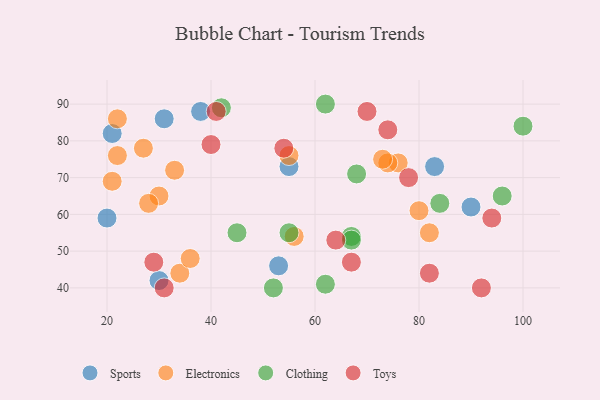
{"axis": {"x": "GDP", "y": "Life Expectancy"}, "legend": ["Clothing", "Electronics", "Sports", "Toys"], "data": [{"x": "20", "y": 59, "type": "Sports"}, {"x": "30", "y": 42, "type": "Sports"}, {"x": "83", "y": 73, "type": "Sports"}, {"x": "21", "y": 82, "type": "Sports"}, {"x": "53", "y": 46, "type": "Sports"}, {"x": "55", "y": 73, "type": "Sports"}, {"x": "31", "y": 86, "type": "Sports"}, {"x": "38", "y": 88, "type": "Sports"}, {"x": "90", "y": 62, "type": "Sports"}, {"x": "76", "y": 74, "type": "Electronics"}, {"x": "55", "y": 76, "type": "Electronics"}, {"x": "34", "y": 44, "type": "Electronics"}, {"x": "22", "y": 76, "type": "Electronics"}, {"x": "74", "y": 74, "type": "Electronics"}, {"x": "80", "y": 61, "type": "Electronics"}, {"x": "56", "y": 54, "type": "Electronics"}, {"x": "27", "y": 78, "type": "Electronics"}, {"x": "33", "y": 72, "type": "Electronics"}, {"x": "30", "y": 65, "type": "Electronics"}, {"x": "21", "y": 69, "type": "Electronics"}, {"x": "73", "y": 75, "type": "Electronics"}, {"x": "22", "y": 86, "type": "Electronics"}, {"x": "28", "y": 63, "type": "Electronics"}, {"x": "36", "y": 48, "type": "Electronics"}, {"x": "82", "y": 55, "type": "Electronics"}, {"x": "62", "y": 90, "type": "Clothing"}, {"x": "68", "y": 71, "type": "Clothing"}, {"x": "84", "y": 63, "type": "Clothing"}, {"x": "62", "y": 41, "type": "Clothing"}, {"x": "96", "y": 65, "type": "Clothing"}, {"x": "52", "y": 40, "type": "Clothing"}, {"x": "55", "y": 55, "type": "Clothing"}, {"x": "67", "y": 54, "type": "Clothing"}, {"x": "100", "y": 84, "type": "Clothing"}, {"x": "42", "y": 89, "type": "Clothing"}, {"x": "45", "y": 55, "type": "Clothing"}, {"x": "67", "y": 53, "type": "Clothing"}, {"x": "94", "y": 59, "type": "Toys"}, {"x": "92", "y": 40, "type": "Toys"}, {"x": "74", "y": 83, "type": "Toys"}, {"x": "40", "y": 79, "type": "Toys"}, {"x": "31", "y": 40, "type": "Toys"}, {"x": "70", "y": 88, "type": "Toys"}, {"x": "29", "y": 47, "type": "Toys"}, {"x": "54", "y": 78, "type": "Toys"}, {"x": "67", "y": 47, "type": "Toys"}, {"x": "64", "y": 53, "type": "Toys"}, {"x": "78", "y": 70, "type": "Toys"}, {"x": "41", "y": 88, "type": "Toys"}, {"x": "82", "y": 44, "type": "Toys"}]}